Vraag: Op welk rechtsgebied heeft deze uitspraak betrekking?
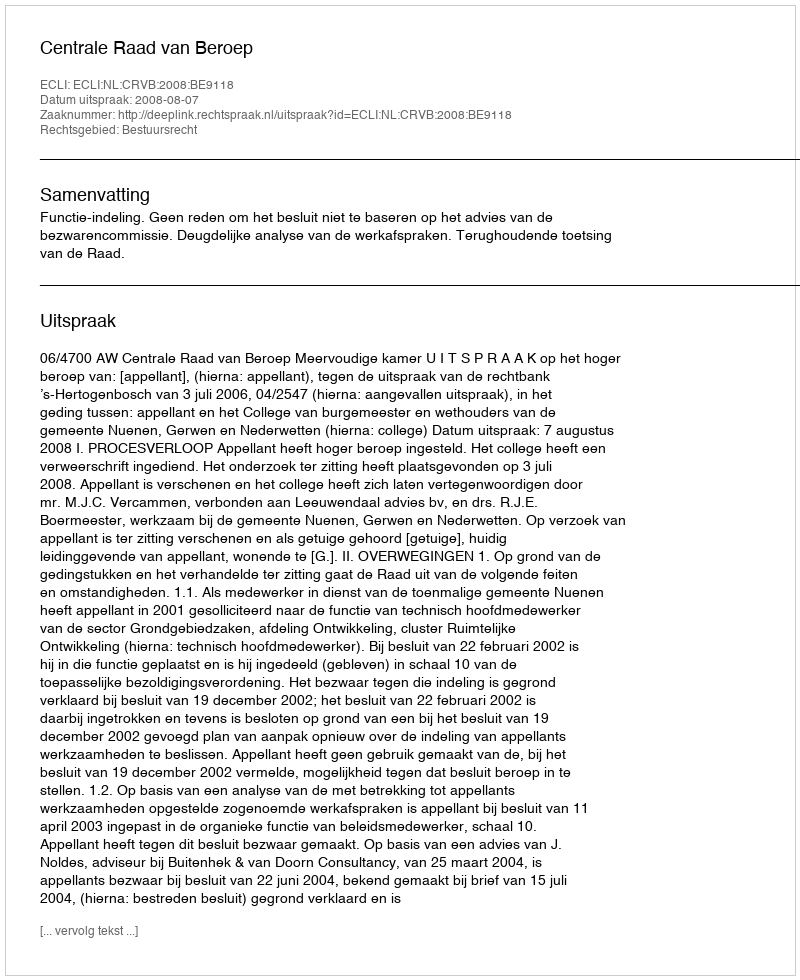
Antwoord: Bestuursrecht